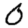
Digit: 0